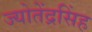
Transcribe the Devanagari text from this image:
ज्योतेंद्रसिंह